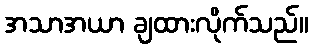
အသာအယာ ချထားလိုက်သည်။